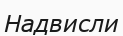
Надвисли